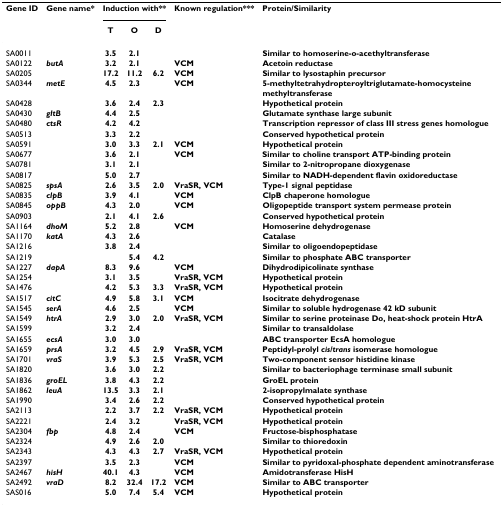
<table><thead><tr><td><b>Gene ID</b></td><td><b>Gene name*</b></td><td colspan="3"><b>Induction with**</b></td><td><b>Known regulation***</b></td><td><b>Protein/Similarity</b></td></tr><tr><td></td><td></td><td><b>T</b></td><td><b>O</b></td><td><b>D</b></td><td></td><td></td></tr></thead><tbody><tr><td>SA0011</td><td></td><td><b>3.5</b></td><td><b>2.1</b></td><td></td><td></td><td><b>Similar to homoserine-o-acethyltransferase</b></td></tr><tr><td>SA0122</td><td><b><i>butA</i></b></td><td><b>3.2</b></td><td><b>2.1</b></td><td></td><td><b>VCM</b></td><td><b>Acetoin reductase</b></td></tr><tr><td>SA0205</td><td></td><td><b>17.2</b></td><td><b>11.2</b></td><td><b>6.2</b></td><td><b>VCM</b></td><td><b>Similar to lysostaphin precursor</b></td></tr><tr><td>SA0344</td><td><b><i>metE</i></b></td><td><b>4.5</b></td><td><b>2.3</b></td><td></td><td><b>VCM</b></td><td><b>5-methyltetrahydropteroyltriglutamate-homocysteine methyltransferase</b></td></tr><tr><td>SA0428</td><td></td><td><b>3.6</b></td><td><b>2.4</b></td><td><b>2.3</b></td><td></td><td><b>Hypothetical protein</b></td></tr><tr><td>SA0430</td><td><b><i>gltB</i></b></td><td><b>4.4</b></td><td><b>2.5</b></td><td></td><td></td><td><b>Glutamate synthase large subunit</b></td></tr><tr><td>SA0480</td><td><b><i>ctsR</i></b></td><td><b>4.2</b></td><td><b>4.2</b></td><td></td><td></td><td><b>Transcription repressor of class III stress genes homologue</b></td></tr><tr><td>SA0513</td><td></td><td><b>3.3</b></td><td><b>2.2</b></td><td></td><td></td><td><b>Conserved hypothetical protein</b></td></tr><tr><td>SA0591</td><td></td><td><b>3.0</b></td><td><b>3.3</b></td><td><b>2.1</b></td><td><b>VCM</b></td><td><b>Hypothetical protein</b></td></tr><tr><td>SA0677</td><td></td><td><b>3.6</b></td><td><b>2.1</b></td><td></td><td><b>VCM</b></td><td><b>Similar to choline transport ATP-binding protein</b></td></tr><tr><td>SA0781</td><td></td><td><b>3.1</b></td><td><b>2.1</b></td><td></td><td></td><td><b>Similar to 2-nitropropane dioxygenase</b></td></tr><tr><td>SA0817</td><td></td><td><b>5.0</b></td><td><b>2.7</b></td><td></td><td></td><td><b>Similar to NADH-dependent flavin oxidoreductase</b></td></tr><tr><td>SA0825</td><td><b><i>spsA</i></b></td><td><b>2.6</b></td><td><b>3.5</b></td><td><b>2.0</b></td><td><b>VraSR, VCM</b></td><td><b>Type-1 signal peptidase</b></td></tr><tr><td>SA0835</td><td><b><i>clpB</i></b></td><td><b>3.9</b></td><td><b>4.1</b></td><td></td><td><b>VCM</b></td><td><b>ClpB chaperone homologue</b></td></tr><tr><td>SA0845</td><td><b><i>oppB</i></b></td><td><b>4.3</b></td><td><b>2.0</b></td><td></td><td><b>VCM</b></td><td><b>Oligopeptide transport system permease protein</b></td></tr><tr><td>SA0903</td><td></td><td><b>2.1</b></td><td><b>4.1</b></td><td><b>2.6</b></td><td></td><td><b>Conserved hypothetical protein </b></td></tr><tr><td>SA1164</td><td><b><i>dhoM</i></b></td><td><b>5.2</b></td><td><b>2.8</b></td><td></td><td><b>VCM</b></td><td><b>Homoserine dehydrogenase</b></td></tr><tr><td>SA1170</td><td><b><i>katA</i></b></td><td><b>4.3</b></td><td><b>2.6</b></td><td></td><td></td><td><b>Catalase</b></td></tr><tr><td>SA1216</td><td></td><td><b>3.8</b></td><td><b>2.4</b></td><td></td><td></td><td><b>Similar to oligoendopeptidase</b></td></tr><tr><td>SA1219</td><td></td><td></td><td><b>5.4</b></td><td><b>4.2</b></td><td></td><td><b>Similar to phosphate ABC transporter</b></td></tr><tr><td>SA1227</td><td><b><i>dapA</i></b></td><td><b>8.3</b></td><td><b>9.6</b></td><td></td><td><b>VCM</b></td><td><b>Dihydrodipicolinate synthase</b></td></tr><tr><td>SA1254</td><td></td><td><b>3.1</b></td><td><b>3.5</b></td><td></td><td><b>VraSR, VCM</b></td><td><b>Hypothetical protein</b></td></tr><tr><td>SA1476</td><td></td><td><b>4.2</b></td><td><b>5.3</b></td><td><b>3.3</b></td><td><b>VraSR, VCM</b></td><td><b>Hypothetical protein</b></td></tr><tr><td>SA1517</td><td><b><i>citC</i></b></td><td><b>4.9</b></td><td><b>5.8</b></td><td><b>3.1</b></td><td><b>VCM</b></td><td><b>Isocitrate dehydrogenase</b></td></tr><tr><td>SA1545</td><td><b><i>serA</i></b></td><td><b>4.6</b></td><td><b>2.5</b></td><td></td><td><b>VCM</b></td><td><b>Similar to soluble hydrogenase 42 kD subunit</b></td></tr><tr><td>SA1549</td><td><b><i>htrA</i></b></td><td><b>2.9</b></td><td><b>3.0</b></td><td><b>2.0</b></td><td><b>VraSR, VCM</b></td><td><b>Similar to serine proteinase Do, heat-shock protein HtrA</b></td></tr><tr><td>SA1599</td><td></td><td><b>3.2</b></td><td><b>2.4</b></td><td></td><td></td><td><b>Similar to transaldolase</b></td></tr><tr><td>SA1655</td><td><b><i>ecsA</i></b></td><td><b>3.0</b></td><td><b>3.0</b></td><td></td><td></td><td><b>ABC transporter EcsA homologue</b></td></tr><tr><td>SA1659</td><td><b><i>prsA</i></b></td><td><b>3.2</b></td><td><b>4.5</b></td><td><b>2.9</b></td><td><b>VraSR, VCM</b></td><td><b>Peptidyl-prolyl <i>cis</i>/<i>trans </i>isomerase homologue</b></td></tr><tr><td>SA1701</td><td><b><i>vraS</i></b></td><td><b>3.9</b></td><td><b>5.3</b></td><td><b>2.5</b></td><td><b>VraSR, VCM</b></td><td><b>Two-component sensor histidine kinase</b></td></tr><tr><td>SA1820</td><td></td><td><b>3.6</b></td><td><b>3.0</b></td><td><b>2.2</b></td><td></td><td><b>Similar to bacteriophage terminase small subunit</b></td></tr><tr><td>SA1836</td><td><b><i>groEL</i></b></td><td><b>3.8</b></td><td><b>4.3</b></td><td><b>2.2</b></td><td></td><td><b>GroEL protein</b></td></tr><tr><td>SA1862</td><td><b><i>leuA</i></b></td><td><b>13.5</b></td><td><b>3.3</b></td><td><b>2.1</b></td><td></td><td><b>2-isopropylmalate synthase</b></td></tr><tr><td>SA1990</td><td></td><td><b>3.4</b></td><td><b>2.6</b></td><td><b>2.2</b></td><td></td><td><b>Conserved hypothetical protein</b></td></tr><tr><td>SA2113</td><td></td><td><b>2.2</b></td><td><b>3.7</b></td><td><b>2.2</b></td><td><b>VraSR, VCM</b></td><td><b>Hypothetical protein</b></td></tr><tr><td>SA2221</td><td></td><td><b>2.4</b></td><td><b>3.2</b></td><td></td><td><b>VraSR, VCM</b></td><td><b>Hypothetical protein</b></td></tr><tr><td>SA2304</td><td><b><i>fbp</i></b></td><td><b>4.8</b></td><td><b>2.4</b></td><td></td><td><b>VCM</b></td><td><b>Fructose-bisphosphatase</b></td></tr><tr><td>SA2324</td><td></td><td><b>4.9</b></td><td><b>2.6</b></td><td><b>2.0</b></td><td></td><td><b>Similar to thioredoxin</b></td></tr><tr><td>SA2343</td><td></td><td><b>4.3</b></td><td><b>4.3</b></td><td><b>2.7</b></td><td><b>VraSR, VCM</b></td><td><b>Hypothetical protein</b></td></tr><tr><td>SA2397</td><td></td><td><b>3.5</b></td><td><b>2.3</b></td><td></td><td><b>VCM</b></td><td><b>Similar to pyridoxal-phosphate dependent aminotransferase</b></td></tr><tr><td>SA2467</td><td><b><i>hisH</i></b></td><td><b>40.1</b></td><td><b>4.3</b></td><td></td><td><b>VCM</b></td><td><b>Amidotransferase HisH</b></td></tr><tr><td>SA2492</td><td><b><i>vraD</i></b></td><td><b>8.2</b></td><td><b>32.4</b></td><td><b>17.2</b></td><td><b>VCM</b></td><td><b>Similar to ABC transporter</b></td></tr><tr><td>SAS016</td><td></td><td><b>5.0</b></td><td><b>7.4</b></td><td><b>5.4</b></td><td><b>VCM</b></td><td><b>Hypothetical protein</b></td></tr></tbody></table>